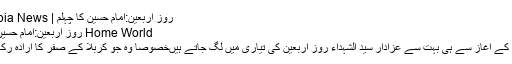
روزِ اربعین:امام حسینؑ کا چہلم | Zainabia News
Home World روزِ اربعین:امام حسینؑ کا چہلم
ماہِ صفر کے آغاز سے ہی بہت سے عزادارِ سیّدؑ الشہداء روزِ اربعین کی تیّاری میں لگ جاتے ہیںخصوصاً وہ جو کربلا کے صفر کا ارادہ رکھتے ہیں۔